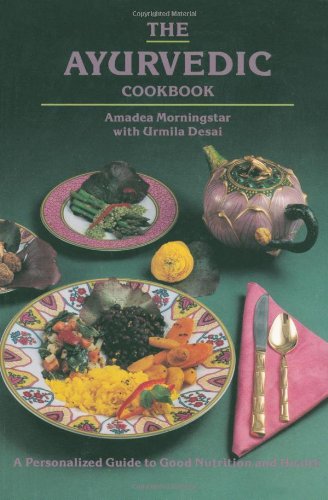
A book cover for The Ayurvedic Cookbook; Amadea Morningstar; Cookbooks, Food & Wine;